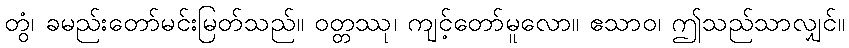
တွံ၊ ခမည်းတော်မင်းမြတ်သည်။ ဝတ္တဿု၊ ကျင့်တော်မူလော။ ဧသာဝ၊ ဤသည်သာလျှင်။